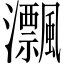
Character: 𤅜